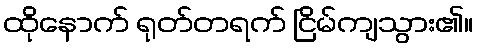
ထိုနောက် ရုတ်တရက် ငြိမ်ကျသွား၏။